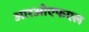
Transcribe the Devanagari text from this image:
आरओएफएल